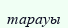
тарауы